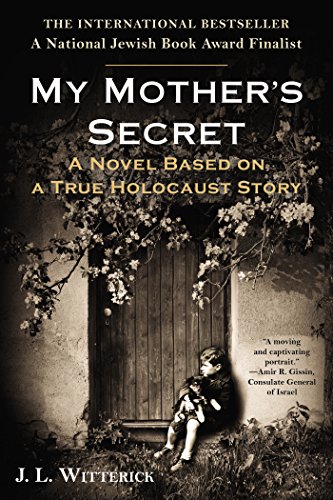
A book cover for My Mother's Secret: A Novel Based on a True Holocaust Story; J.L. Witterick; Literature & Fiction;